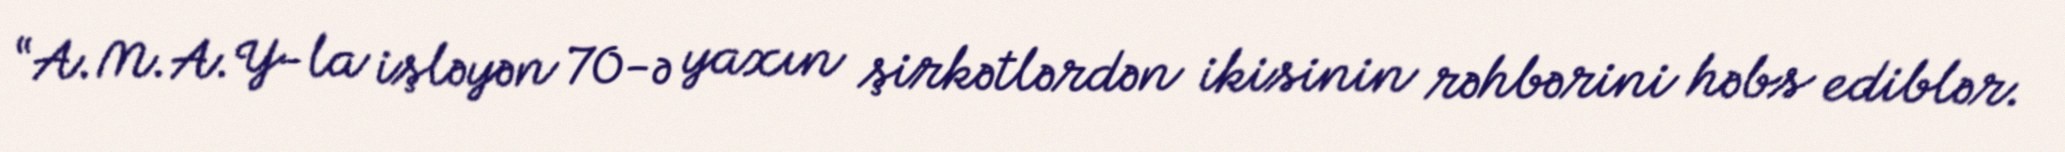
“A.M.A.Y-la işləyən 70-ə yaxın şirkətlərdən ikisinin rəhbərini həbs ediblər.